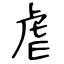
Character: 虐